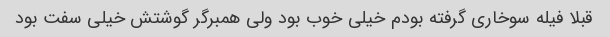
قبلا فیله سوخاری گرفته بودم خیلی خوب بود ولی همبرگر گوشتش خیلی سفت بود